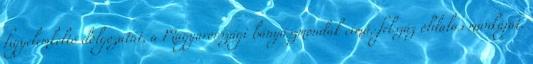
figyelemkeltő dolgozatát, a Magyarországi bányászmondák című, félszáz oldalas munkáját.